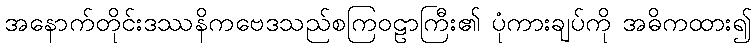
အနောက်တိုင်းဒဿနိကဗေဒသည်စကြဝဠာကြီး၏ ပုံကားချပ်ကို အဓိကထား၍